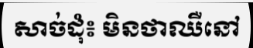
សាច់ដុំ៖ មិនថាឈឺនៅ